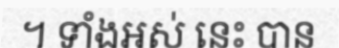
។ ទាំងអស់ នេះ បាន